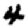
Digit: 4